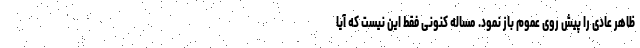
ظاهر عادی را پیش روی عموم باز نمود. مساله کنونی فقط این نیست که آیا